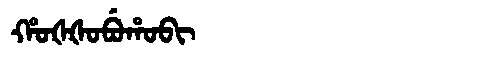
Manchu: ᡥᠣᡧᡧᠣᠪᡠᡥᠣᠪᡳ
Romanization: HOŠŠOBUHOBI